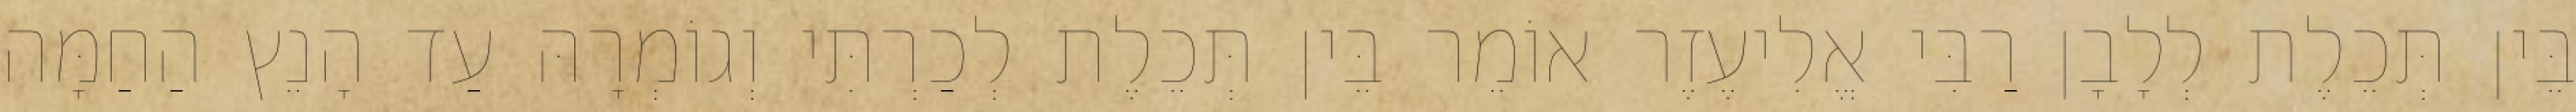
בֵּין תְּכֵלֶת לְלָבָן רַבִּי אֱלִיעֶזֶר אוֹמֵר בֵּין תְּכֵלֶת לְכַרְתִּי וְגוֹמְרָהּ עַד הָנֵץ הַחַמָּה